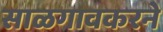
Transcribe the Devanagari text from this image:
साळगावकरने